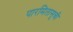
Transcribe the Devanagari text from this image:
पारमितासूची